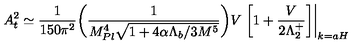
A _ { \sc t } ^ { 2 } \simeq \frac { 1 } { 1 5 0 \pi ^ { 2 } } \bigg ( \frac { 1 } { M _ { P l } ^ { 4 } \sqrt { 1 + 4 \alpha \Lambda _ { b } / 3 M ^ { 5 } } } \bigg ) V \left. \left[ 1 + \frac { V } { 2 \Lambda _ { 2 } ^ { + } } \right] \right| _ { k = a H } \,